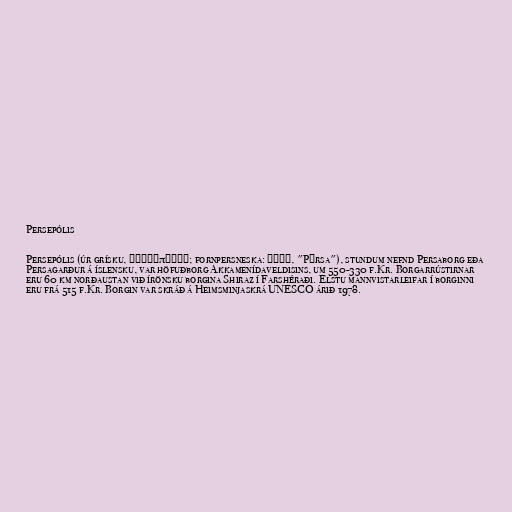
Persepólis

Persepólis (úr grísku, Περσέπολις; fornpersneska: 𐎱𐎠𐎼𐎿, "Pārsa"), stundum nefnd Persaborg eða
Persagarður á íslensku, var höfuðborg Akkamenídaveldisins, um 550-330 f.Kr. Borgarrústirnar
eru 60 km norðaustan við írönsku borgina Shiraz í Farshéraði. Elstu mannvistarleifar í borginni
eru frá 515 f.Kr. Borgin var skráð á Heimsminjaskrá UNESCO árið 1978.